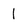
Character: 1